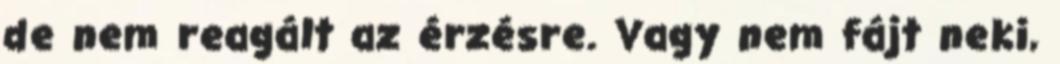
de nem reagált az érzésre. Vagy nem fájt neki,